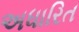
અધારિત